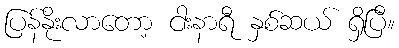
ပြန်နိုးလာတော့ ငါးနာရီ နှစ်ဆယ် ရှိပြီ။